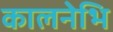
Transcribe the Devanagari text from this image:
कालनेभि